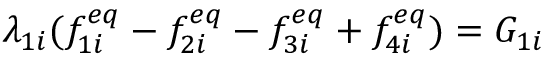
\lambda _ { 1 i } ( f _ { 1 i } ^ { e q } - f _ { 2 i } ^ { e q } - f _ { 3 i } ^ { e q } + f _ { 4 i } ^ { e q } ) = G _ { 1 i }